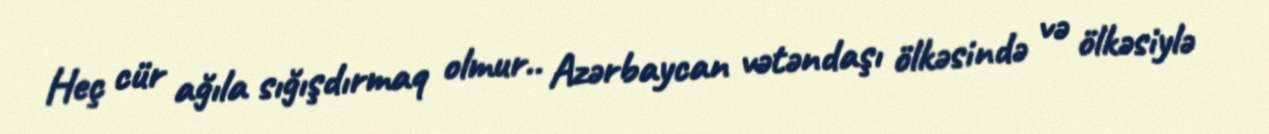
Heç cür ağıla sığışdırmaq olmur.. Azərbaycan vətəndaşı ölkəsində və ölkəsiylə